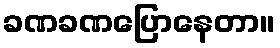
ခဏခဏပြောနေတာ။